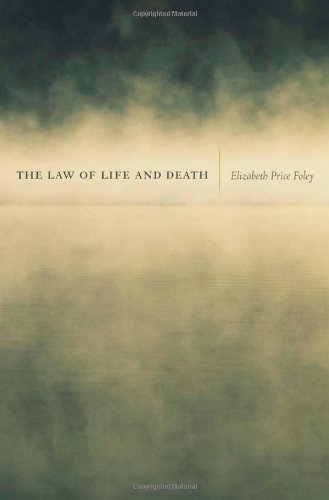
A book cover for The Law of Life and Death; Elizabeth Price Foley; Law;